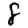
Digit: 8